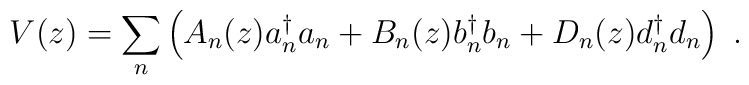
V(z) = {\sum_n} \left( A_n (z) a{_n ^\dagger} a_n + B_n (z) b{_n^\dagger} b_n + D_n (z) d{_n ^\dagger} d_n \right)\; .